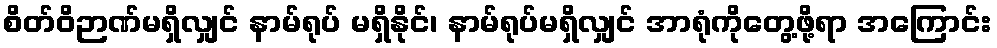
စိတ်ဝိဉာဏ်မရှိလျှင် နာမ်ရုပ် မရှိနိုင်၊ နာမ်ရုပ်မရှိလျှင် အာရုံကိုတွေ့ဖို့ရာ အကြောင်း